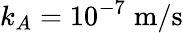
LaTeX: k_{A}=10^{-7}\; \mathrm{m}/\mathrm{s}